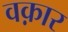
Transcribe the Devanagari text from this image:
वक़ार